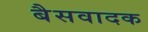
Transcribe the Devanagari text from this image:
बैसवादक